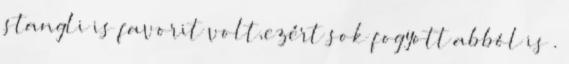
stangli is favorit volt,ezért sok fogyott abból is .